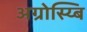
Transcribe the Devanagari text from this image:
अग्रोस्य्बि